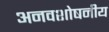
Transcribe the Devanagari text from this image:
अनवशोषनीय